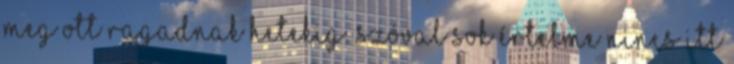
meg ott ragadnak hetekig. Szóval sok értelme nincs itt